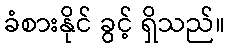
ခံစားနိုင် ခွင့် ရှိသည်။